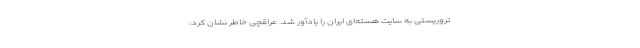
تروریستی به سایت هسته‌ای ایران را یادآور شد. عراقچی خاطر نشان کرد: